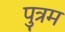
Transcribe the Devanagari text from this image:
पुत्रम